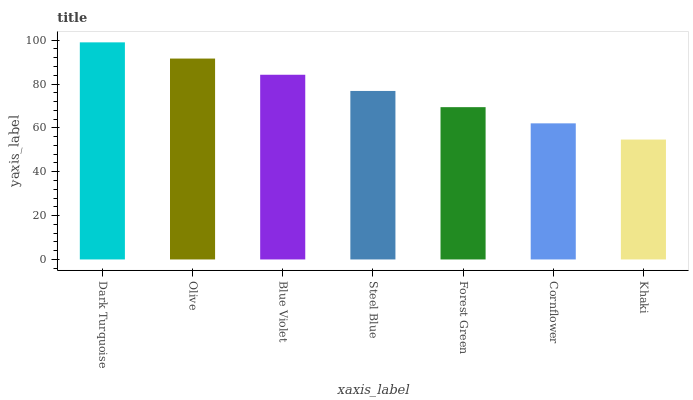
| xaxis_label | bars |
 | --- | --- |
 | Dark Turquoise | 99 |
 | Olive | 91.6 |
 | Blue Violet | 84.2 |
 | Steel Blue | 76.8 |
 | Forest Green | 69.5 |
 | Cornflower | 62.1 |
 | Khaki | 54.7 |